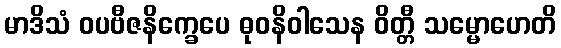
မာဒိသံ ဝပဗီဇနိက္ခေပေ ဓုဝနိဝါသေန ဝိတ္တီ သမ္မောဟေတိ